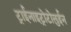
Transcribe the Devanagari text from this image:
ट्राईनाइट्रोटोलुईन